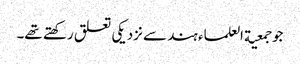
جو جمعیة العلماء ہند سے نزدیکی تعلق رکھتے تھے۔